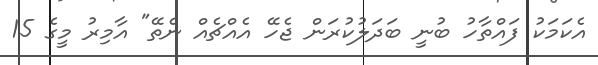
އެކަމަކު ފައްތާހު ބުނީ ބަދަލުކުރަން ޖެހޭ އެއްޗެއް ނެތޭ" އާމިރު މީގެ 15